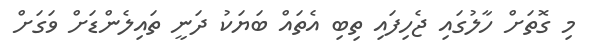
މި ގޮތަށް ހާލުގައި ޖެހިފައި ތިބި އެތައް ބަޔަކު ދަނީ ތައިލެންޑަށް ވަގަށް